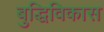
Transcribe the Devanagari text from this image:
बुद्धिविकास